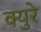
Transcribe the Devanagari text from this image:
क्युरे